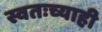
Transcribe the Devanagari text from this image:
स्वतःच्याही